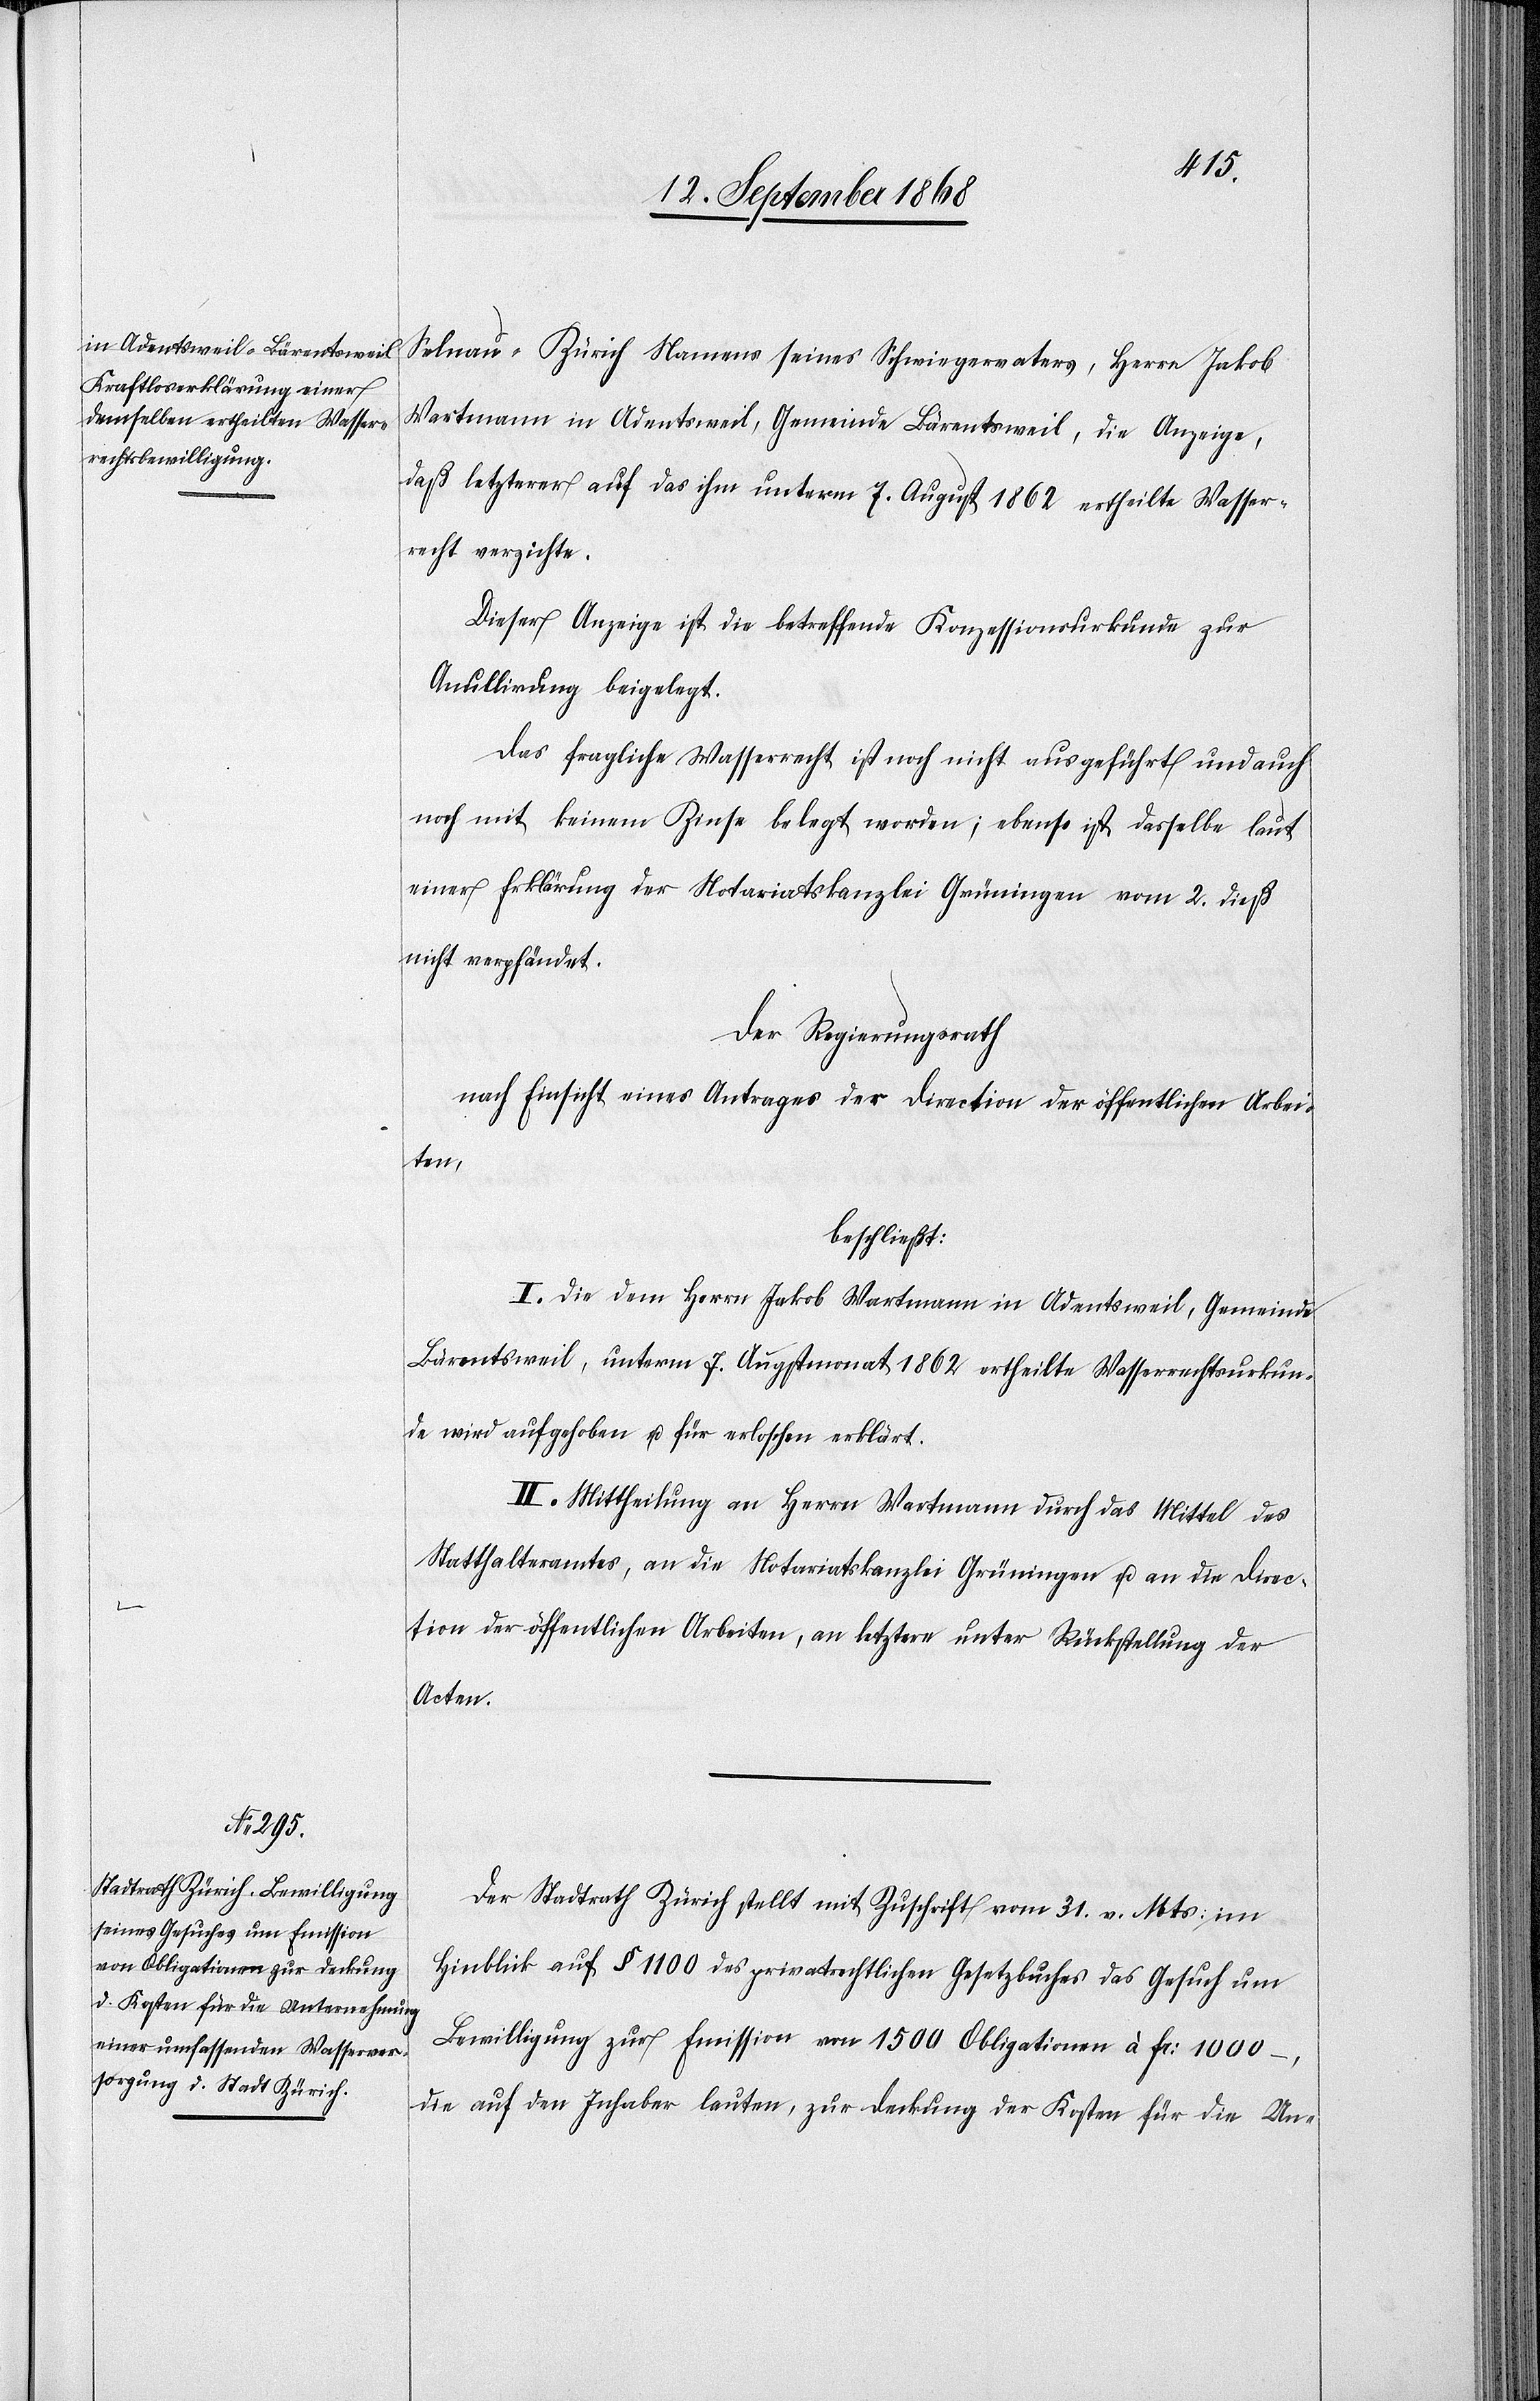
Selnau - Zürich Namens seines Schwiegervaters, Herrn Jakob
Wartmann in Adentsweil, Gemeinde Bärentsweil, die Anzeige,
daß letzterer auf das ihm unterm 7. August 1862 ertheilte Wasser¬
recht verzichte.
Dieser Anzeige ist die betreffende Konzessionsurkunde zur
Anullirung beigelegt.
Das fragliche Wasserrecht ist noch nicht ausgeführt und auch
noch mit keinem Zinse belegt worden; ebenso ist dasselbe laut
einer Erklärung der Notariatskanzlei Grüningen vom 2. dieß
nicht verpfändet.
Der Regierungsrath
nach Einsicht eines Antrages der Direction der öffentlichen Arbei¬
ten,
beschließt:
I. Die dem Herrn Jakob Wartmann in Adentsweil, Gemeinde
Bärentsweil, unterm 7. Augstmonat 1862 ertheilte Wasserrechtsurkun¬
de wird aufgehoben u. für erloschen erklärt.
II. Mittheilung an Herrn Wartmann durch das Mittel des
Statthalteramtes, an die Notariatskanzlei Grüningen u. an die Direc¬
tion der öffentlichen Arbeiten, an letztere unter Rückstellung der
Acten.
Der Stadtrath Zürich stellt mit Zuschrift vom 31. v. Mts: im
Hinblick auf § 1100 des privatrechtlichen Gesetzbuches das Gesuch um
Bewilligung zur Emission von 1500 Obligationen à Fr: 1000 –,
die auf den Inhaber lauten, zur Deckung der Kosten für die Un-